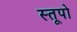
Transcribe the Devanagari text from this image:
स्‍तूपो